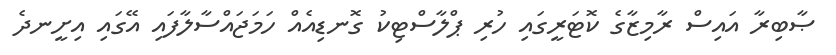
ޞާބިރާ އައިސް ރާމިޒާގެ ކޮޓަރީގައި ހުރި ޕްލާސްޓިކު ގޮނޑިއެއް ހަމަޖައްސާލާފައި އޭގައި އިށީނދެ